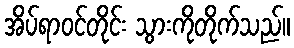
အိပ်ရာဝင်တိုင်း သွားကိုတိုက်သည်။